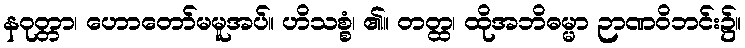
နဝုတ္တာ၊ ဟောတော်မမူအပ်။ ဟိသစ္စံ၊ ၏။ တတ္ထ၊ ထိုအဘိဓမ္မာ ဉာဏဝိဘင်း၌။